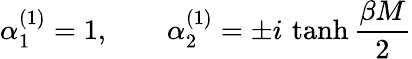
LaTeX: \alpha_{1}^{(1)}=1,\quad\quad\alpha_{2}^{(1)}=\pm i\, \operatorname{tanh}{\frac{\beta M}{2}}